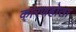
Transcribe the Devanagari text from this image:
कारणहोता